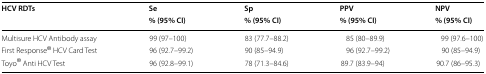
<table><thead><tr><td rowspan="2"><b>HCV RDTs</b></td><td><b>Se</b></td><td><b>Sp</b></td><td><b>PPV</b></td><td><b>NPV</b></td></tr><tr><td><b>% (95% CI)</b></td><td><b>% (95% CI)</b></td><td><b>% (95% CI)</b></td><td><b>% (95% CI)</b></td></tr></thead><tbody><tr><td>Multisure HCV Antibody assay</td><td>99 (97–100)</td><td>83 (77.7–88.2)</td><td>85 (80–89.9)</td><td>99 (97.6–100)</td></tr><tr><td>First Response<sup>®</sup> HCV Card Test</td><td>96 (92.7–99.2)</td><td>90 (85–94.9)</td><td>96 (92.7–99.2)</td><td>90 (85–94.9)</td></tr><tr><td>Toyo<sup>®</sup> Anti HCV Test</td><td>96 (92.8–99.1)</td><td>78 (71.3–84.6)</td><td>89.7 (83.9–94)</td><td>90.7 (86–95.3)</td></tr></tbody></table>